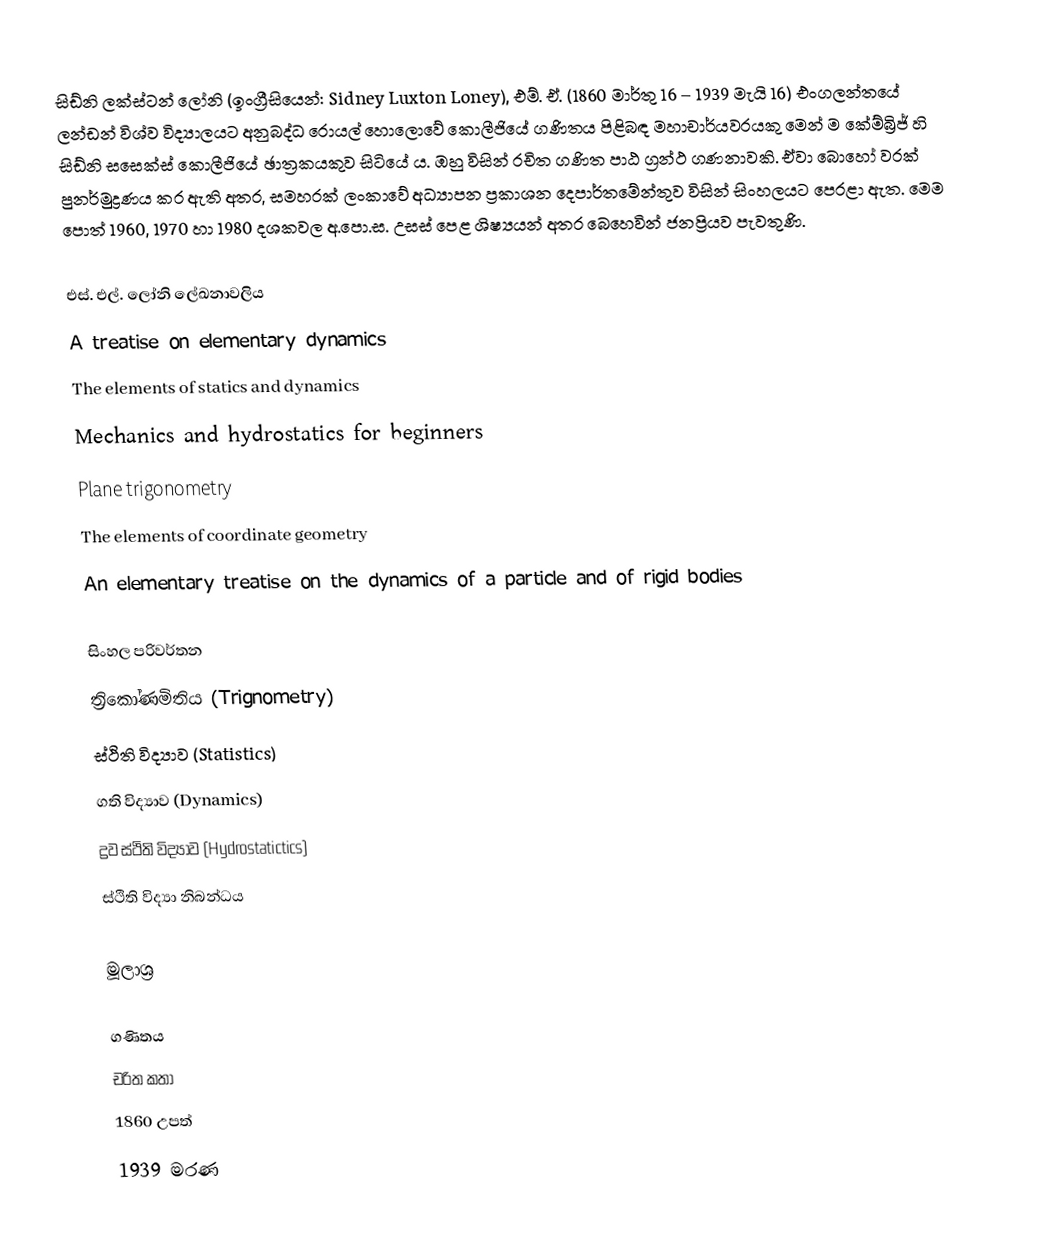
සිඩ්නි ලක්ස්ටන් ලෝනි (ඉංග්‍රීසියෙන්: Sidney Luxton Loney), එම්. ඒ. (1860 මාර්තු 16 – 1939 මැයි 16) එංගලන්තයේ ලන්ඩන් විශ්ව විද්‍යාලයට අනුබද්ධ රොයල් හොලොවේ කොලීජියේ ගණිතය පිළිබඳ මහාචාර්යවරයකු මෙන් ම කේම්බ්‍රිජ් හි සිඩ්නි සසෙක්ස් කොලීජියේ ඡාත්‍රකයකුව සිටියේ ය. ඹහු විසින් රචිත ගණිත පාඨ ග්‍රන්ථ ගණනාවකි. ඒවා බොහෝ වරක් පුනර්මුද්‍රණය කර ඇති අතර, සමහරක් ලංකාවේ අධ්‍යාපන ප්‍රකාශන දෙපාර්තමේන්තුව විසින් සිංහලයට පෙරළා ඇත. මෙම පොත් 1960, 1970 හා 1980 දශකවල අ.පො.ස. උසස් පෙළ ශිෂ්‍යයන් අතර බෙහෙවින් ජනප්‍රියව පැවතුණි.

එස්. එල්. ලෝනි ලේඛනාවලිය
A treatise on elementary dynamics
The elements of statics and dynamics
Mechanics and hydrostatics for beginners
Plane trigonometry
The elements of coordinate geometry
An elementary treatise on the dynamics of a particle and of rigid bodies

සිංහල පරිවර්තන
ත්‍රිකෝණමිතිය (Trignometry)
ස්ථිති විද්‍යාව (Statistics)
ගති විද්‍යාව (Dynamics)
ද්‍රව ස්ථිති විද්‍යාව (Hydrostatictics)
ස්ථිති විද්‍යා නිබන්ධය

මූලාශ්‍ර

ගණිතය
චරිත කතා
1860 උපත්
1939 මරණ